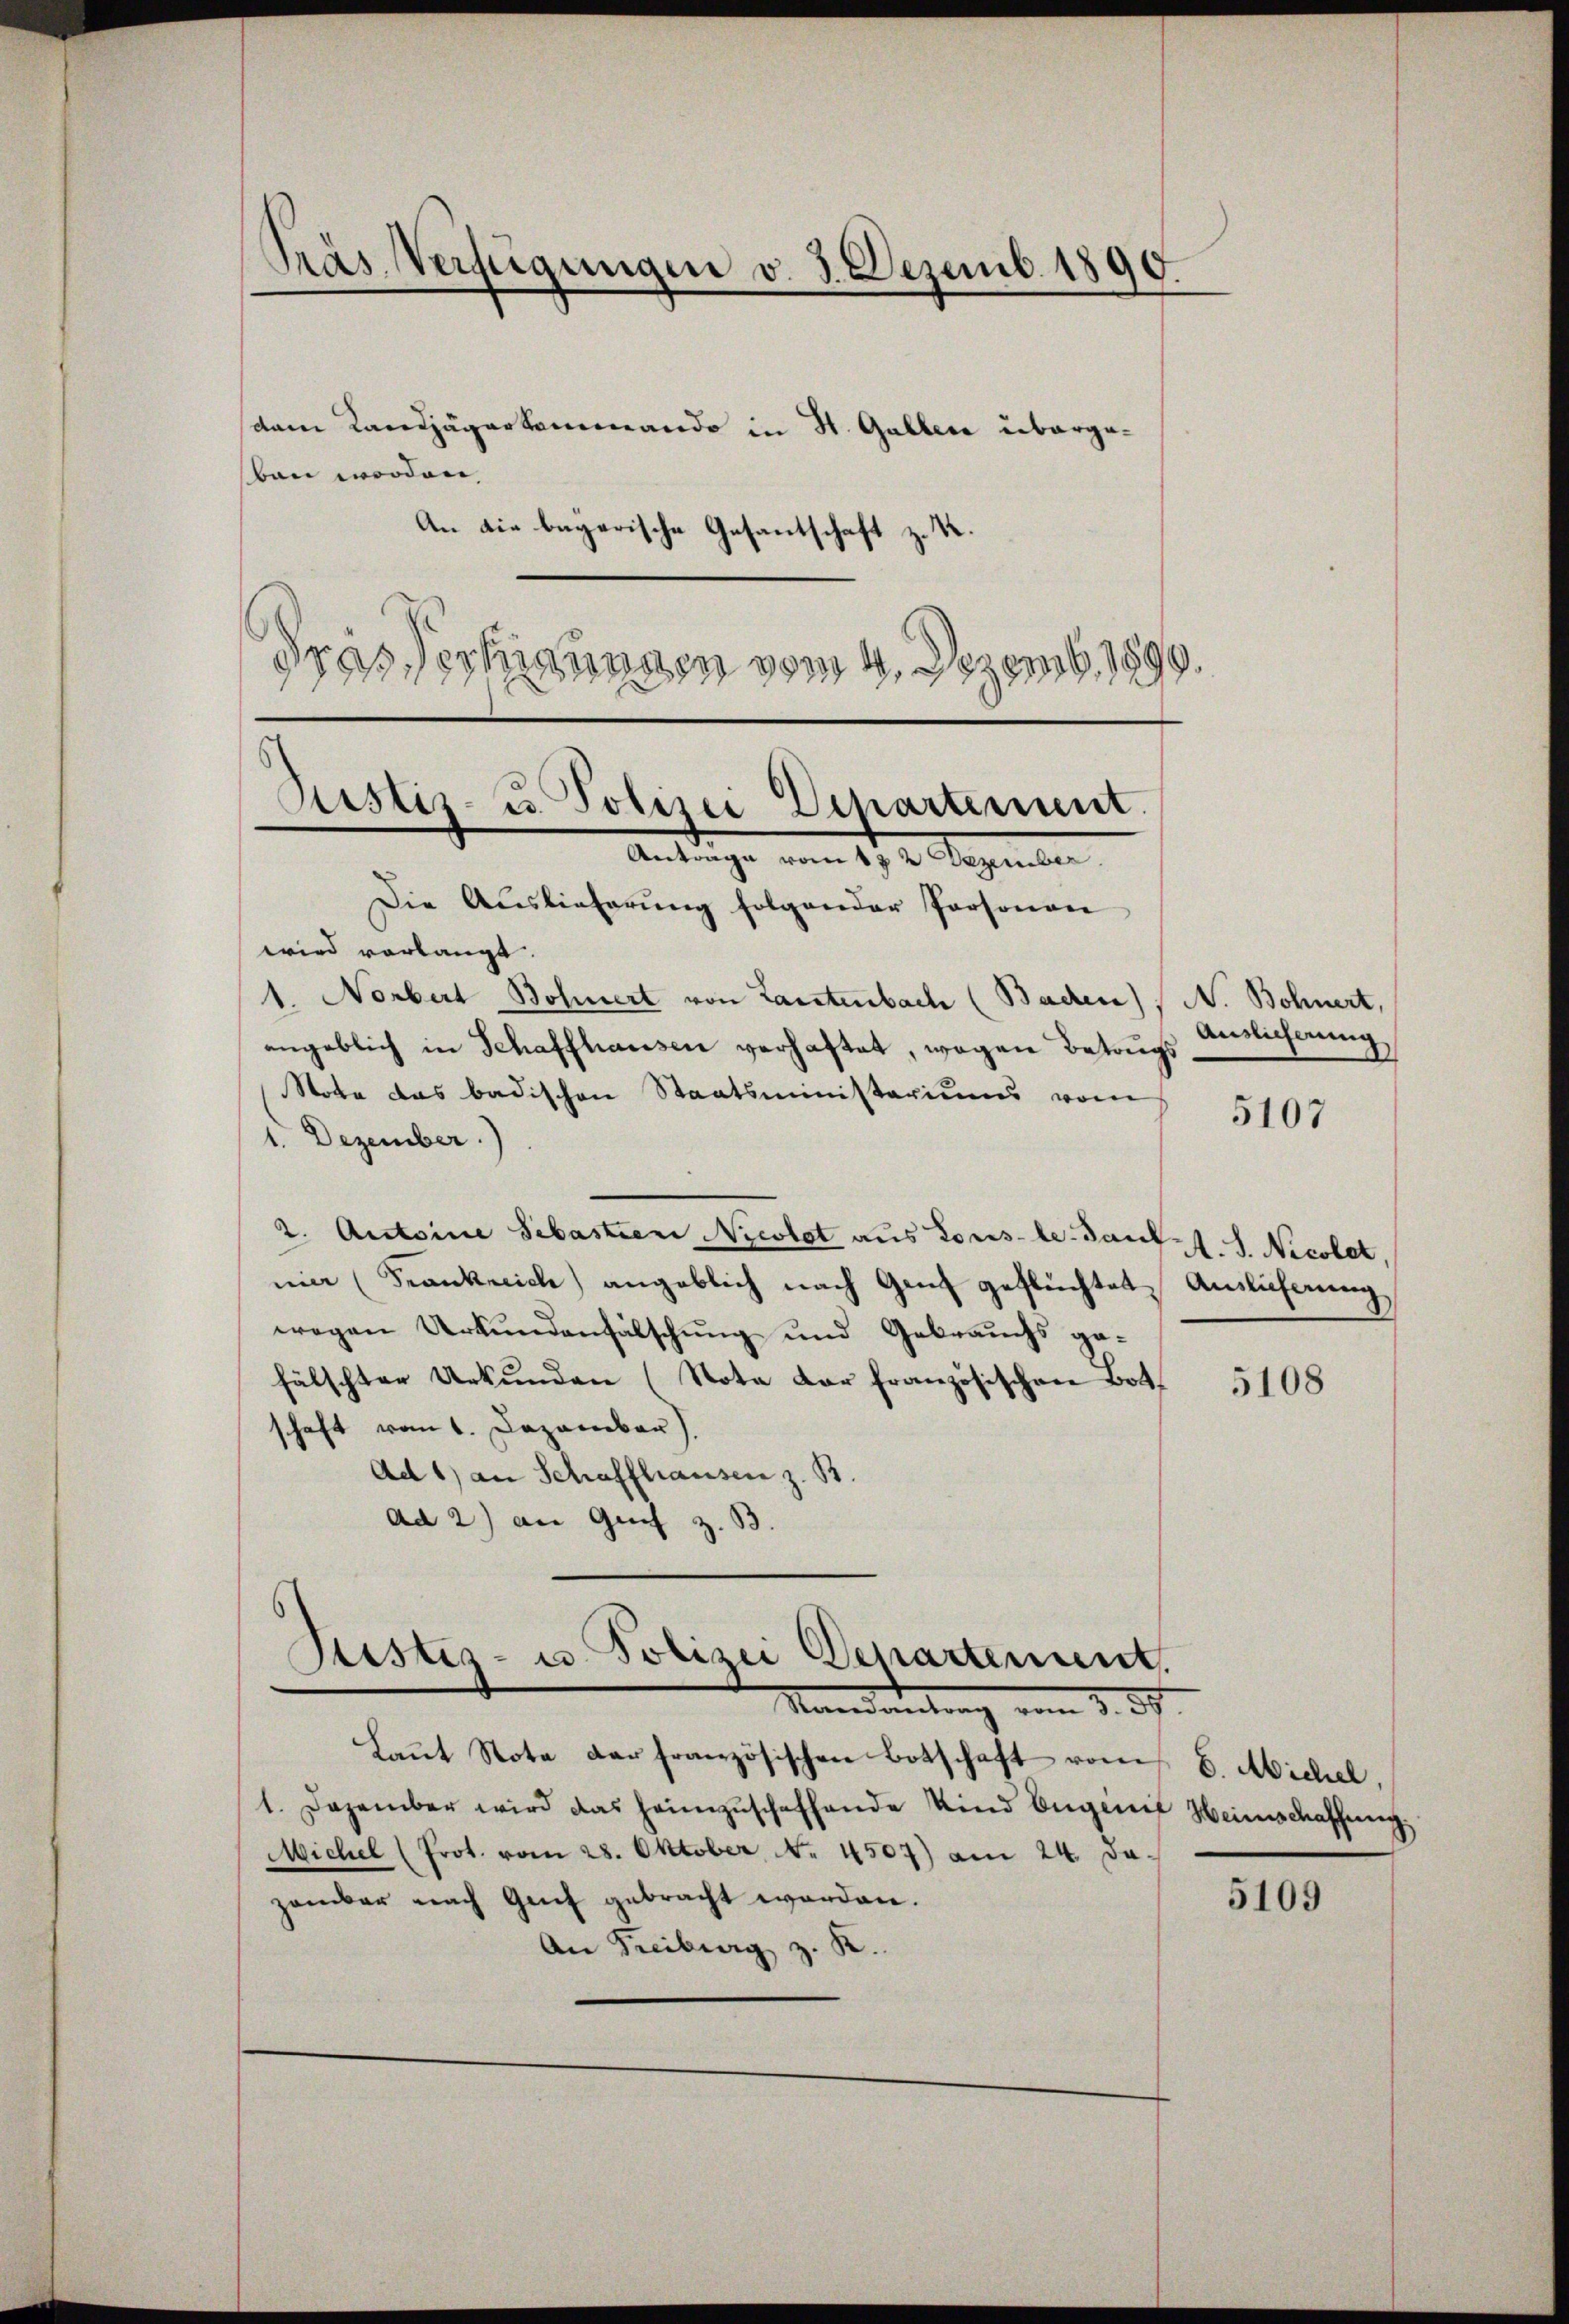
Präs. Verfügungen v. 3. Dezemb. 1890.

dam Landjägerkommando in St. Galler übergeben worden,
An die begarische Gesantschaft z. K.
)
dras Verhinungen vom 4. Dezemb. 1890.

wird vorlangt.
1. Norbert Bohnert von Lantenbach (Baden), N. Bohnert,
angeblich in Schaffhausen verhaftet, wegen Betrugs
Stote das badischen Staatsministeriums vom
1. Dezember.)
2. Antoine Sebastien Niestet aus Lors-le-Bautet. S. Nicolet,
nia (Frankreich) angeblich nach Genf geflüchtet, Auslichnung
wegen Urkundenfälschung und Gebrauchs gefälschter Urkŭnden (Nota der französischen Bot
schaft vom 1. Dezember)
Ad 1) an Schaffhausen z. B.
ad 2) an Guif z. B.
Justiz- u. Polizei Departement
Mandantung vom 3. d.
Laut Note der französischen Botschaft vom 6. Michel,
1. Dezember wird das heimzuschaffende Kind beginie Heinschaffung,
Michel (Prot. vom 28. Oktober N. 4507) am 24. Ja-
zamber nach Genf gebracht worden.
An Freiburg z. R.

Justiz- u. Polizei Departement.
Antrage vom 1. 2. Separter
Die Auslieferŭng folgender Personen

Anslicherung

5107

5108

5109